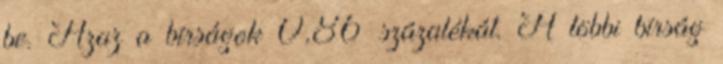
be. Azaz a bírságok 0,86 százalékát. A többi bírság